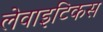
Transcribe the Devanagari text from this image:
लेवाइटिकस